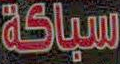
سباكة